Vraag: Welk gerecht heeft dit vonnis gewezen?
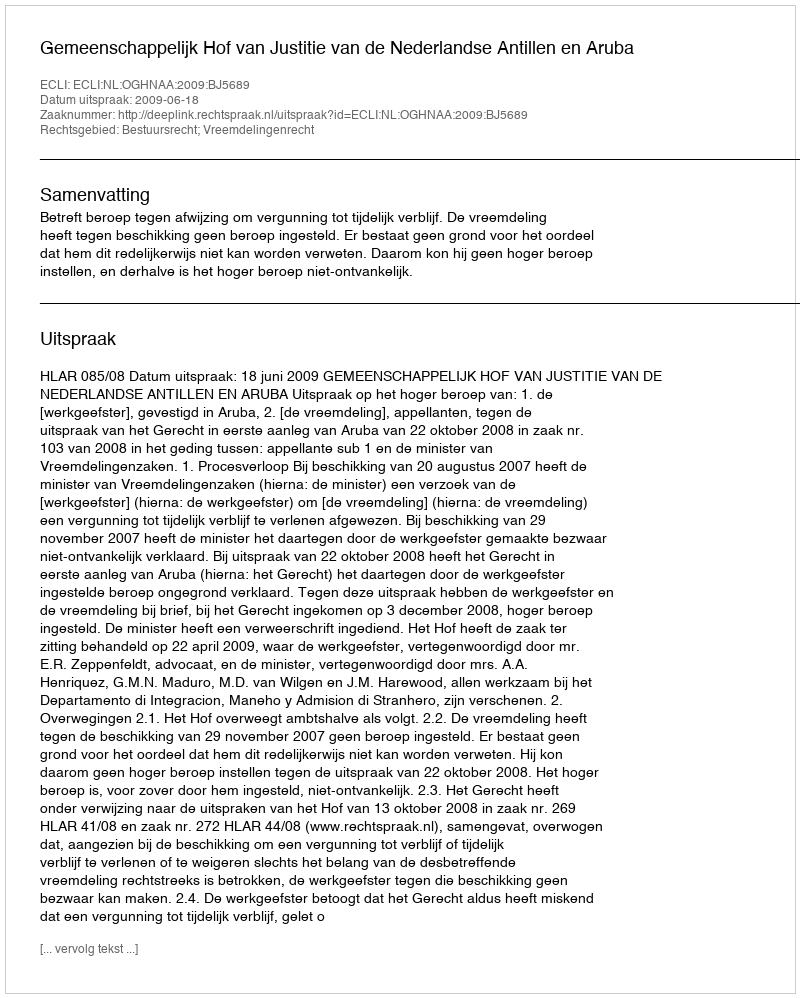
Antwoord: Gemeenschappelijk Hof van Justitie van de Nederlandse Antillen en Aruba